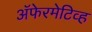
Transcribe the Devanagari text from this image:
अॅफेरमेटिव्ह